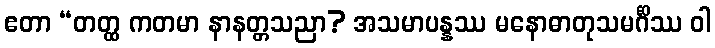
ဧတာ “တတ္ထ ကတမာ နာနတ္တသညာ? အသမာပန္နဿ မနောဓာတုသမင်္ဂိဿ ဝါ